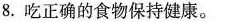
8.吃正确的食物保持健康。